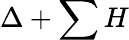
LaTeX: \Delta+\sum H